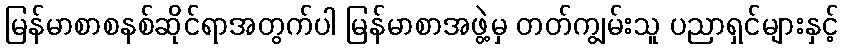
မြန်မာစာစနစ်ဆိုင်ရာအတွက်ပါ မြန်မာစာအဖွဲ့မှ တတ်ကျွမ်းသူ ပညာရှင်များနှင့်